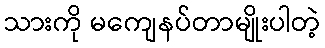
သားကို မကျေနပ်တာမျိုးပါတဲ့